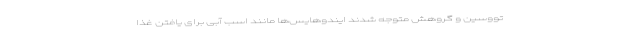
تووسین و گروهش متوجه شدند ایندوهایس‌ها مانند اسب آبی برای یافتن غذا